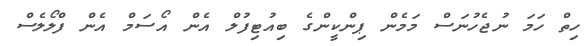
ހިތް ހަމަ ނުޖެހުނަސް މަމެން ޕިންކީންގެ ބިއުޓިފުލް އެން އޯސަމް އެން ފްލޯލެސް